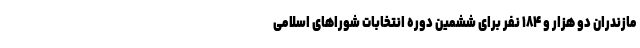
مازندران دو هزار و ۱۸۴ نفر برای ششمین دوره انتخابات شوراهای اسلامی